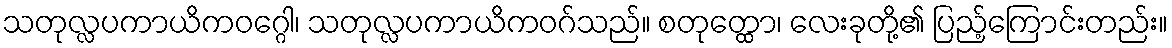
သတုလ္လပကာယိကဝဂ္ဂေါ၊ သတုလ္လပကာယိကဝဂ်သည်။ စတုတ္ထော၊ လေးခုတို့၏ ပြည့်ကြောင်းတည်း။